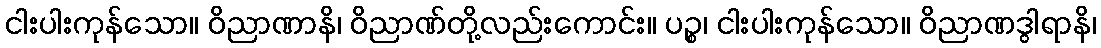
ငါးပါးကုန်သော။ ဝိညာဏာနိ၊ ဝိညာဏ်တို့လည်းကောင်း။ ပဉ္စ၊ ငါးပါးကုန်သော။ ဝိညာဏဒွါရာနိ၊